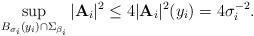
LaTeX: \begin{align*} \sup_{B_{\sigma_i}(y_i)\cap\Sigma_{\beta_i}}|\textbf{A}_i|^2\leq 4|\textbf{A}_i|^2(y_i)=4\sigma_i^{-2}.\end{align*}